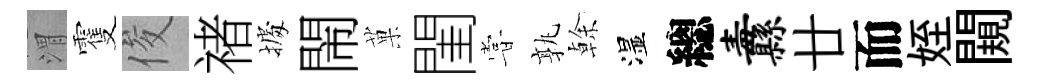
渭䨥俊禇𢴃閙菓閨甞孰𠏉湿總纛廿而姪闚